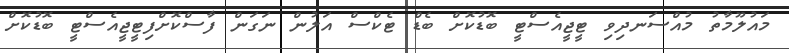
މައުލޫމާތު މުއްސަނދިވި ޓީޖީއެސްޓީ ބޮޑުކޮށް ބެޑް ޓެކްސް އަލުން ނަގަން ފާސްކޮށްފިޓީޖީއެސްޓީ ބޮޑުކޮށް